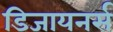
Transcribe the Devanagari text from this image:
डिजायनर्स